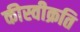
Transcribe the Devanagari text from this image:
कीस्वीक्रति